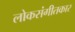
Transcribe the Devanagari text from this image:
लोकसंगीतकार